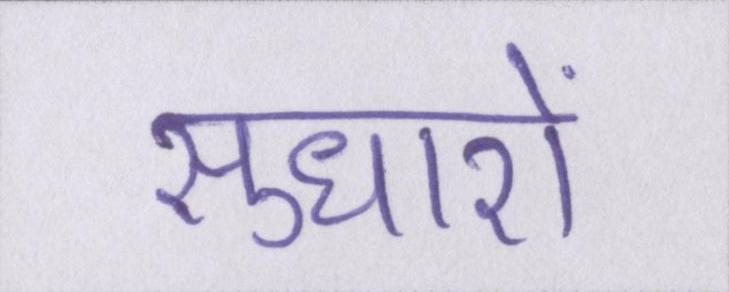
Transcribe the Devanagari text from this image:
सुधारों